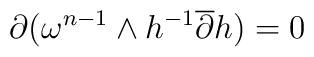
{\partial} (\omega^{n-1} \wedge h^{-1} \overline{\partial} h) = 0